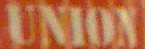
UNION